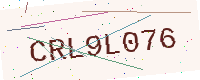
Text: CRL9L076